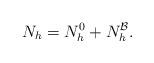
LaTeX: \begin{align*}N_h = N_h^0 + N_h^\mathcal{B}.\end{align*}